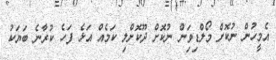
އެމީހުން ނުކޮށް މޯލްޑިވިަން ނުކޮށް ދޫކޮށްލި ކަމެއް އަޅެ ފަހެ ކުރާނެ ބަޔަކު